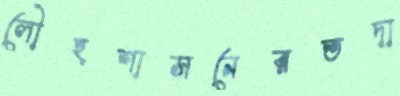
লৌহশাসনেরতদা